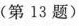
(第13题)